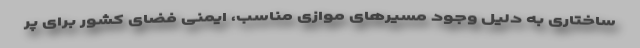
ساختاری به دلیل وجود مسیرهای موازی مناسب، ایمنی فضای کشور برای پر